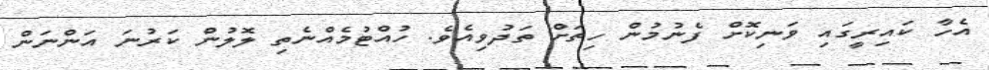
އެހާ ކައިރީގައި ވަނިކޮށް ފެނުމުން ހިތަށް ތަދުވިއެވެ. ހުއްޓުމެއްނެތި ލޮލުން ކަރުނަ އަންނަން